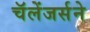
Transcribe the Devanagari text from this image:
चॅलेंजर्सने